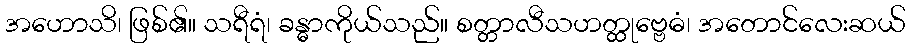
အဟောသိ၊ ဖြစ်၏။ သရီရံ၊ ခန္ဓာကိုယ်သည်။ စတ္တာလီသဟတ္ထုဗ္ဗေဓံ၊ အတောင်လေးဆယ်